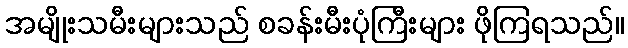
အမျိုးသမီးများသည် စခန်းမီးပုံကြီးများ ဖိုကြရသည်။